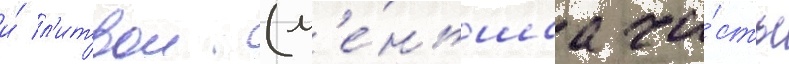
и́ л'итвои (м'е́ньшаа ча́сть